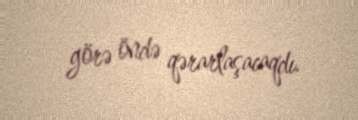
görə öndə qərarlaşacaqdı.